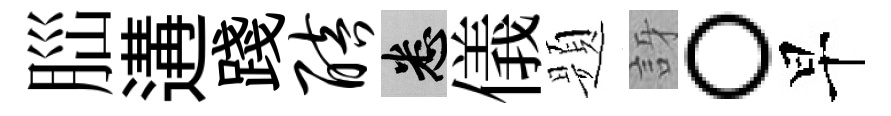
𦛁遘踐醅悉儀题訝。早